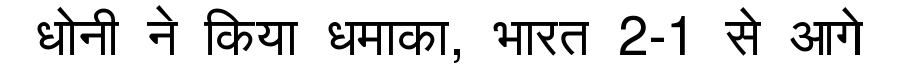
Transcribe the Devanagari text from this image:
धोनी ने किया धमाका, भारत 2-1 से आगे